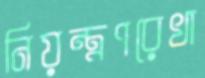
নিয়ন্ত্রণরেখা